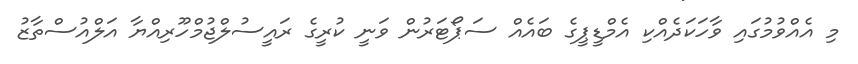
މި އެއްވުމުގައި ވާހަކަދެއްކި އެމްޑީޕީގެ ބައެއް ސަޕޯޓަރުން ވަނީ ކުރީގެ ރައީސުލްޖުމްހޫރިއްޔާ އަލްއުސްތާޒު